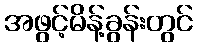
အဖွင့်မိန့်ခွန်းတွင်